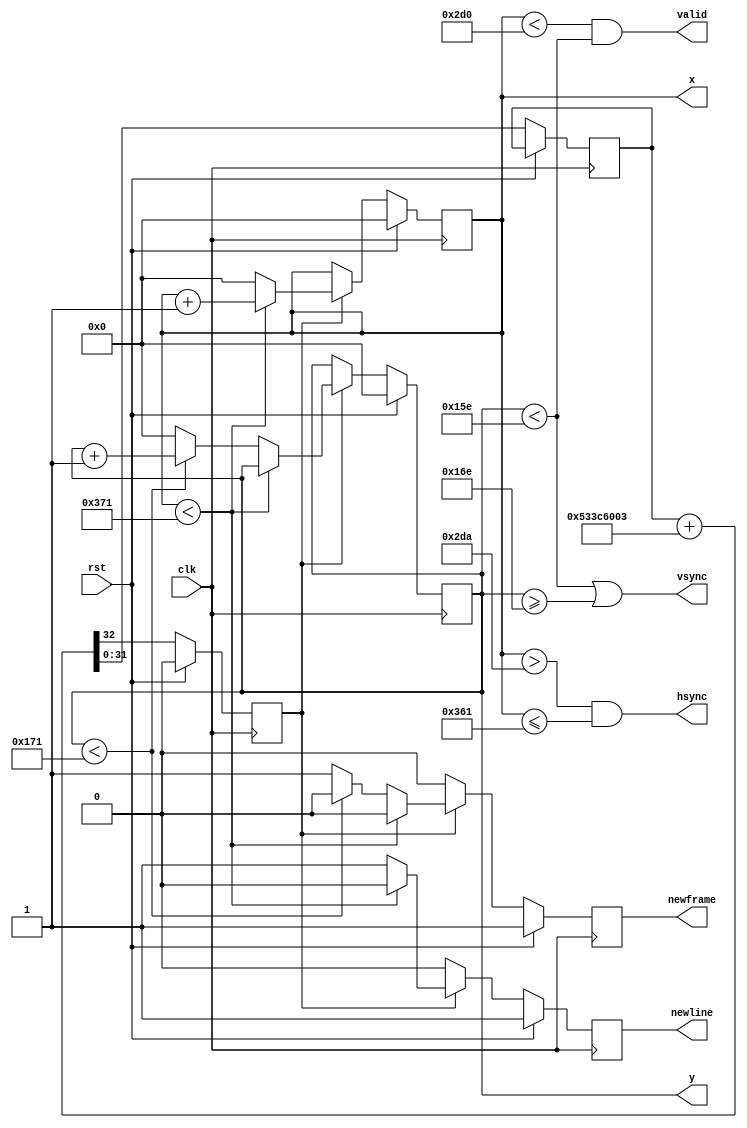
`timescale 1ns / 1ps
//////////////////////////////////////////////////////////////////////////////////
// Company: 
// Engineer: 
// 
// Design Name: 
// Module Name:    mda 
// Project Name: 
// Target Devices: 
// Tool versions: 
// Description: 
//
// Dependencies: 
//
// Revision: 
// Revision 0.01 - File Created
// Additional Comments: 
//
//////////////////////////////////////////////////////////////////////////////////
module mda(
    input clk,
    input rst,
    output reg [9:0] x,
    output reg [9:0] y,
    output valid,
    output hsync,
    output vsync,
    output reg newframe, // 1 clock pulse when new frame starts
    output reg newline // 1 clock pulse when new line starts
    );
    
reg clk16; // 16.257MHz signal
reg [31:0]	ctr;
initial ctr = 0;

assign hsync = x > (720 + 10) && x <= (720 + 10 + 135); //720px viewable, 10tks porch, 135tks sync, 17tks porch
assign vsync = y < (350 + 0) || y >= (350 + 0 + 16); //350lines viewable, 0tks porch, 16 lines sync, 4lines porch
assign valid = (x < 720) && (y < 350);

always @(posedge clk) begin
  newframe <= 0;
  newline <= 0;
  if (rst) begin
    x <= 10'b0;
    y <= 10'b0;
    clk16 <= 1'b0;
    newframe <= 1;
    newline <= 1;
  end else begin
    {clk16, ctr} <= ctr + 32'd1396465667; // creates 16.257MHz signal
    if (clk16 == 1'b1) begin
      if (x < 10'd881) begin //all ticks wide -1
        x <= x + 1'b1;
      end else begin
        x <= 10'b0;
        newline <= 1;
        if (y < 10'd369) begin //all lines tall -1
          y <= y + 1'b1;
        end else begin
          y <= 10'b0;
          newframe <= 1;
        end
      end
    end
  end
end

endmodule